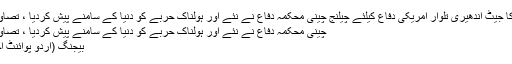
چین کا نیا لڑاکا جیٹ اندھیری تلوار امریکی دفاع کیلئے چیلنج چینی محکمہ دفاع نے نئے اور ہولناک حربے کو دنیا کے سامنے پیش کردیا ، تصاویر بھی جاری
چینی محکمہ دفاع نے نئے اور ہولناک حربے کو دنیا کے سامنے پیش کردیا ، تصاویر بھی جاری
بیجنگ (اُردو پوائنٹ اخبارتازہ ترین۔